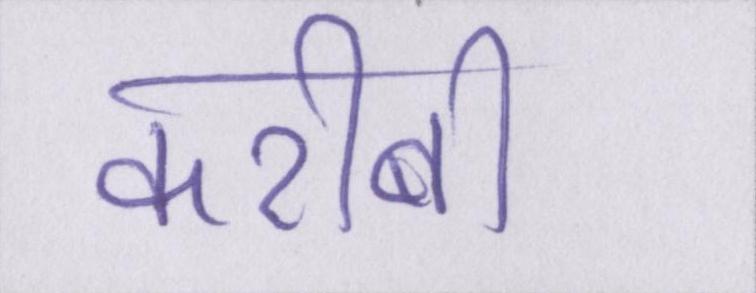
करीबी